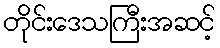
တိုင်းဒေသကြီးအဆင့်